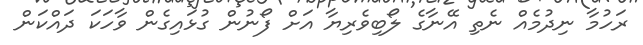
ރަހުމާ ނިދުމެއް ނެތި އޭނާގެ ލޯބިވެރިޔާ އަށް ފޯނުން ގުޅައިގެން ވާހަކަ ދައްކަން